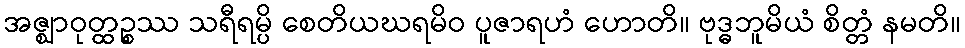
အဇ္ဈာဝုတ္ထဉ္စဿ သရီရမ္ပိ စေတိယဃရမိဝ ပူဇာရဟံ ဟောတိ။ ဗုဒ္ဓဘူမိယံ စိတ္တံ နမတိ။